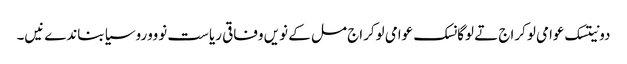
دونیتسک عوامی لوکراج تے لوگانسک عوامی لوکراج مل کے نویں وفاقی ریاست نوووروسیا بناندےنیں۔